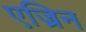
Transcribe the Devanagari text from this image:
एज्रिन